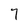
Character: 7